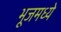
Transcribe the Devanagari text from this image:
भूजमध्ये